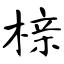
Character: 榇